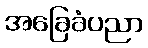
အခြေခံပညာ